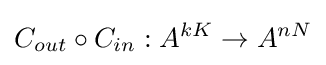
C_{out}\circ C_{in}:A^{kK}\rightarrow A^{nN}